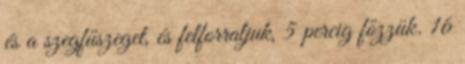
és a szegfűszeget, és felforraljuk, 5 percig főzzük. 16